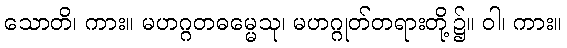
သောတိ၊ ကား။ မဟဂ္ဂတဓမ္မေသု၊ မဟဂ္ဂုတ်တရားတို့၌။ ဝါ၊ ကား။